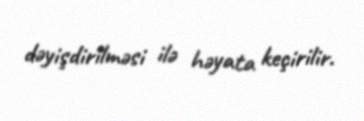
dəyişdirilməsi ilə həyata keçirilir.